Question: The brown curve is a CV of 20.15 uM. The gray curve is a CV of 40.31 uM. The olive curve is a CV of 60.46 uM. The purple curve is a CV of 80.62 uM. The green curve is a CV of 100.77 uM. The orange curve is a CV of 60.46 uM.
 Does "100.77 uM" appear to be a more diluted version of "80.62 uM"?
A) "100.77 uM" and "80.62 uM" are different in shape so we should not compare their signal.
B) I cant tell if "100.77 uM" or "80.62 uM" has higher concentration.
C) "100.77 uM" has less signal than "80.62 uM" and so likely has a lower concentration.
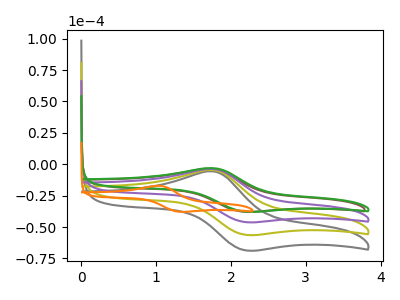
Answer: <think>The brown curve "20.15 uM" has an anodic peak at (1.75V, -3.55uA) and a cathodic peak at (2.15V, -37.75uA). The gray curve "40.31 uM" has an anodic peak at (1.75V, -11.35uA) and a cathodic peak at (2.20V, -138.10uA). The olive curve "60.46 uM" has an anodic peak at (1.75V, -7.55uA) and a cathodic peak at (2.20V, -92.05uA). The purple curve "80.62 uM" has an anodic peak at (1.75V, -3.80uA) and a cathodic peak at (2.20V, -46.05uA). The green curve "100.77 uM" has an anodic peak at (1.75V, -3.10uA) and a cathodic peak at (2.20V, -37.75uA). The orange curve "60.46 uM" has an anodic peak at (1.05V, -17.20uA) and a cathodic peak at (1.30V, -37.80uA).
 All the peaks in "100.77 uM" have a peak in "80.62 uM" at the same potential.</think>
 <answer>B) I cant tell if "100.77 uM" or "80.62 uM" has higher concentration.</answer>
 <eval>B</eval>